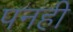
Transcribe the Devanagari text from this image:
पनही